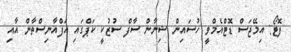
ފޮޓޯ: އިމޭޖަސް ޑޮޓްއެމްވީ ހުސައިން ޝިނާން ސާފް ސުޒުކީ ކަޕްގައި އަފްއާނިސްތާން އާއި